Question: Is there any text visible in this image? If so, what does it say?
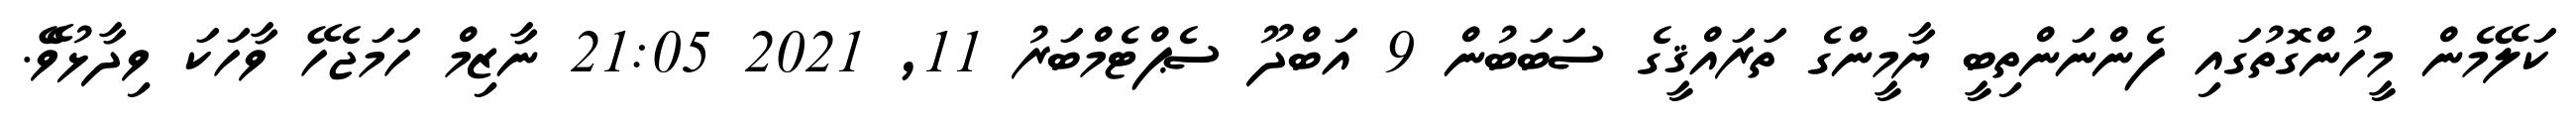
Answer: ކަލޭމެން މީހުންގޮތުގައި ފެންނަންތިބީ ޔާމީންގެ ތަރައްޤީގެ ސަބަބުން 9 އަބްދޫ ސެޕްޓެމްބަރު 11, 2021 21:05 ނާޒިމް ހަމަޖެހޭ ވާހަކަ ވިދާޅުވެޭ.